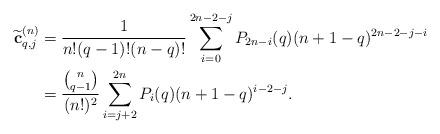
LaTeX: \begin{align*}\widetilde{\textbf{c}}_{q,j}^{(n)}&=\frac{1}{n!(q-1)!(n-q)!}\sum_{i=0}^{2n-2-j}P_{2n-i}(q)(n+1-q)^{2n-2-j-i}\\&=\frac{\binom{n}{q-1}}{(n!)^2}\sum_{i=j+2}^{2n}P_i(q)(n+1-q)^{i-2-j}.\end{align*}